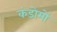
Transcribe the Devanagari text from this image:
कंडोमों